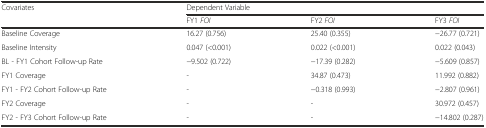
<table><thead><tr><td rowspan="2"><b>Covariates</b></td><td colspan="3"><b>Dependent Variable</b></td></tr><tr><td><b>FY1 <i>FOI</i></b></td><td><b>FY2 <i>FOI</i></b></td><td><b>FY3 <i>FOI</i></b></td></tr></thead><tbody><tr><td>Baseline Coverage</td><td>16.27 (0.756)</td><td>25.40 (0.355)</td><td>−26.77 (0.721)</td></tr><tr><td>Baseline Intensity</td><td>0.047 (&lt;0.001)</td><td>0.022 (&lt;0.001)</td><td>0.022 (0.043)</td></tr><tr><td>BL - FY1 Cohort Follow-up Rate</td><td>−9.502 (0.722)</td><td>−17.39 (0.282)</td><td>−5.609 (0.857)</td></tr><tr><td>FY1 Coverage</td><td>-</td><td>34.87 (0.473)</td><td>11.992 (0.882)</td></tr><tr><td>FY1 - FY2 Cohort Follow-up Rate</td><td>-</td><td>−0.318 (0.993)</td><td>−2.807 (0.961)</td></tr><tr><td>FY2 Coverage</td><td>-</td><td>-</td><td>30.972 (0.457)</td></tr><tr><td>FY2 - FY3 Cohort Follow-up Rate</td><td>-</td><td>-</td><td>−14.802 (0.287)</td></tr></tbody></table>